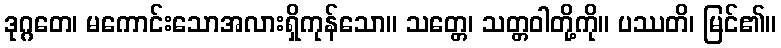
ဒုဂ္ဂတေ၊ မကောင်းသောအလားရှိကုန်သော။ သတ္တေ၊ သတ္တဝါတို့ကို။ ပဿတိ၊ မြင်၏။